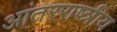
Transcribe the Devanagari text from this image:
आंतरराष्त्रीय